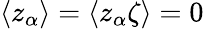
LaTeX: \langle z_{\alpha}\rangle=\langle z_{\alpha}\zeta\rangle=0